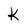
Character: k